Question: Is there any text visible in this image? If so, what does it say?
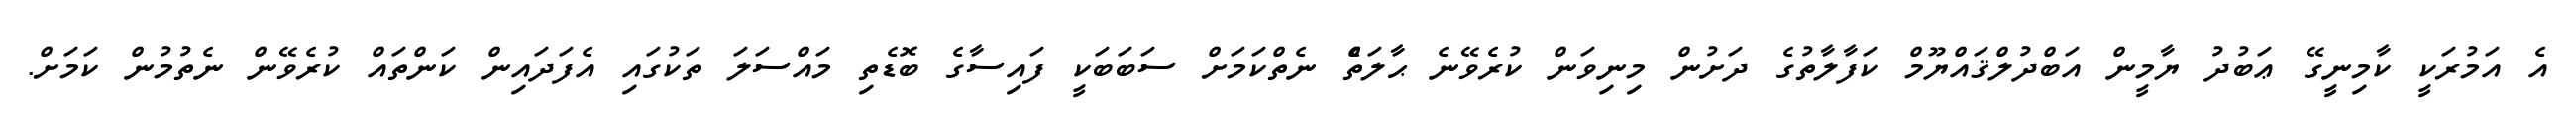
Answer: އެ އަމުރަކީ ކާމިނީގޭ ޢަބުދު ޔާމީން އަބްދުލްޤައްޔޫމް ކަފާލާތުގެ ދަށުން މިނިވަން ކުރެވޭނެ ޙާލަތެް ނެތްކަމަށް ސަބަބަކީ ފައިސާގެ ބޮޑެތި މައްސަލަ ތަކުގައި އެފަދައިން ކަންތައް ކުރެވޭން ނެތުމުން ކަމަށް.